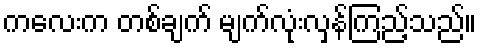
ကလေးက တစ်ချက် မျက်လုံးလှန်ကြည့်သည်။